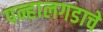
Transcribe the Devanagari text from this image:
पन्हालगडाचे